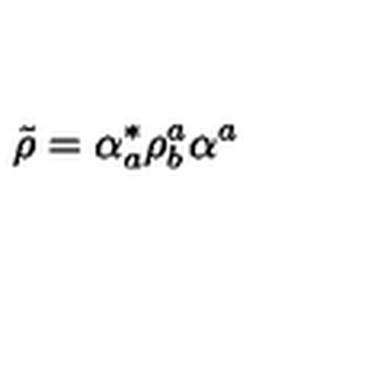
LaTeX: \tilde { \rho } = \alpha _ { a } ^ { * } \rho _ { b } ^ { a } \alpha ^ { a }